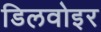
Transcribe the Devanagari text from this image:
डिलवोइर